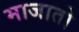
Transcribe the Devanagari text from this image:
माजातो